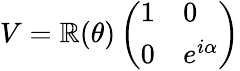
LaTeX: V=\mathbb{R}(\theta)\left(\begin{array}{ll}{{1}}&{{0}}\\ {{0}}&{{e^{i\alpha}}}\end{array}\right)